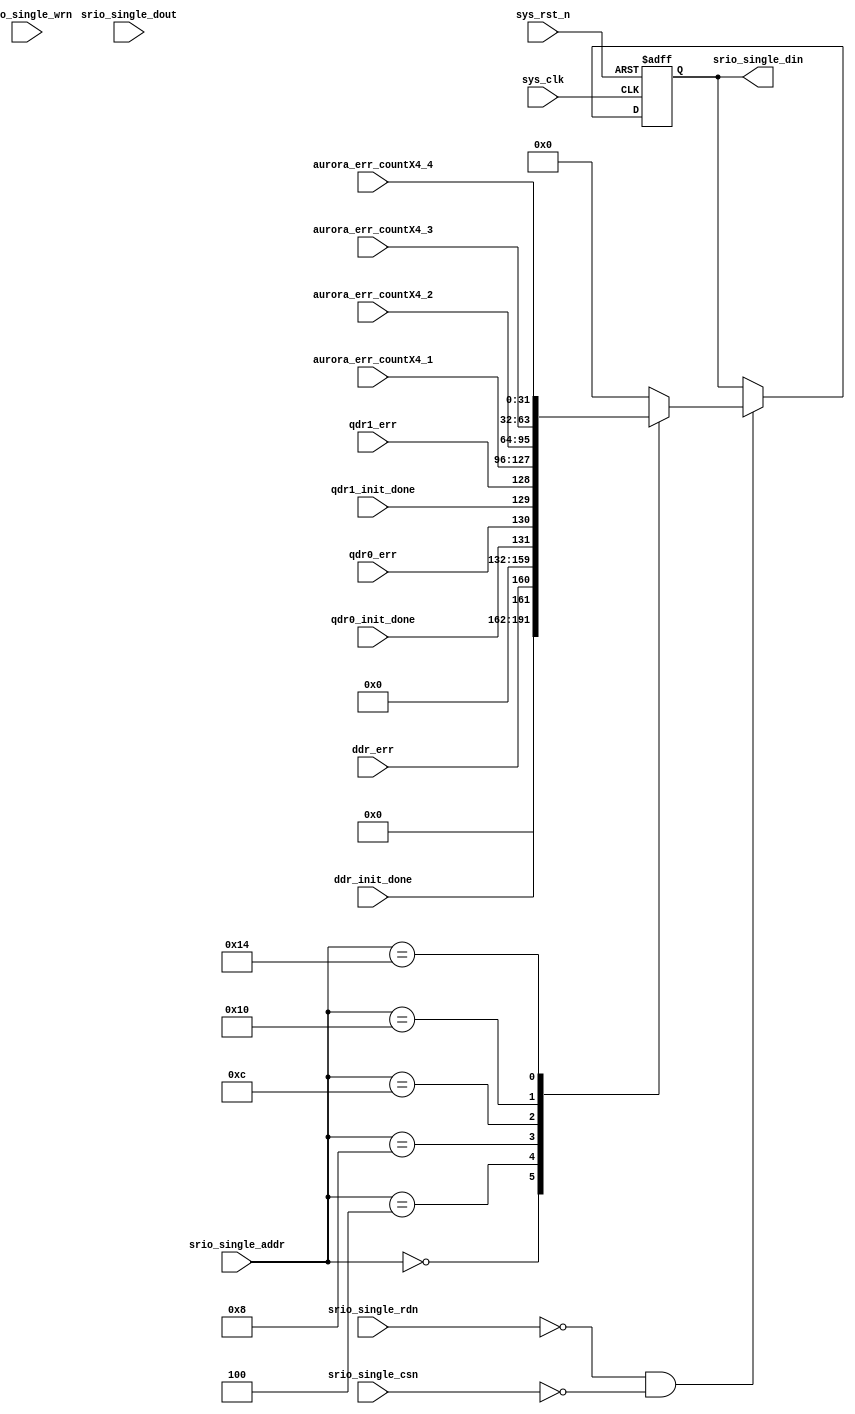
module port_err_total
(
  input                      sys_clk,
  input                      sys_rst_n,
  
  input                      srio_single_rdn,
  input                      srio_single_wrn,
  input                      srio_single_csn,
  input            [7:0]     srio_single_addr,
  input            [31:0]    srio_single_dout,
  output    reg    [31:0]    srio_single_din,
  
  input                      ddr_init_done,
  input                      ddr_err,
  input                      qdr0_init_done,
  input                      qdr0_err,
  input                      qdr1_init_done,
  input                      qdr1_err,
  input            [31:0]    aurora_err_countX4_1,
  input            [31:0]    aurora_err_countX4_2,
  input            [31:0]    aurora_err_countX4_3,
  input            [31:0]    aurora_err_countX4_4
//  input            [31:0]    aurora_err_countX4_5,
//  input            [31:0]    aurora_err_countX4_6,
//  input            [31:0]    aurora_err_countX4_7,
//  input          	 [31:0]    aurora_err_countX4_8,
//  input            [31:0]    aurora_err_countX4_9,
//  input            [31:0]    aurora_err_countX4_10
);

  always@(posedge sys_clk or negedge sys_rst_n)
      if (!sys_rst_n)
          srio_single_din    <=    32'b0;
      else if (!srio_single_rdn & !srio_single_csn)
      begin
      	  case (srio_single_addr)
      	      8'h00: srio_single_din    <=    {30'b0, ddr_init_done, ddr_err};
      	      8'h04: srio_single_din    <=    {28'b0, qdr0_init_done, qdr0_err, qdr1_init_done, qdr1_err};
      	      8'h08: srio_single_din    <=    {aurora_err_countX4_1};
      	      8'h0c: srio_single_din    <=    {aurora_err_countX4_2};
      	      8'h10: srio_single_din    <=    {aurora_err_countX4_3};
					8'h14: srio_single_din    <=    {aurora_err_countX4_4};
//					8'h18: srio_single_din    <=    {aurora_err_countX4_5};
//					8'h1c: srio_single_din    <=    {aurora_err_countX4_6};
//					8'h20: srio_single_din    <=    {aurora_err_countX4_7};
//					8'h24: srio_single_din    <=    {aurora_err_countX4_8};
//					8'h28: srio_single_din    <=    {aurora_err_countX4_9};
//					8'h2c: srio_single_din    <=    {aurora_err_countX4_10};
					default: srio_single_din    <=   32'b0; 
				endcase
      end
      
endmodule